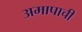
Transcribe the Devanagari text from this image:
अमापाची